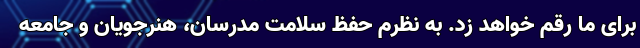
برای ما رقم خواهد زد. به نظرم حفظ سلامت مدرسان،‌ هنرجویان و جامعه